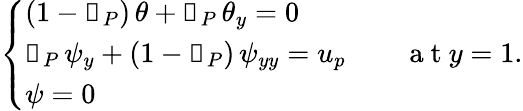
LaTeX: \left\{ \begin{array}{ll}{(1-\mathbb{1}_{P})\, \theta+\mathbb{1}_{P}\, \theta_{y}=0}\\ {\mathbb{1}_{P}\, \psi_{y}+(1-\mathbb{1}_{P})\, \psi_{yy}=u_{p}\quad\quad\mathrm{~a~t~}y=1.}\\ {\psi=0}\end{array}\right.